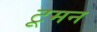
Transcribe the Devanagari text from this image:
टूमन